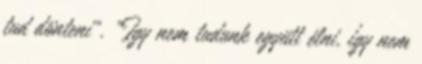
tud dönteni". "Így nem tudunk együtt élni, így nem